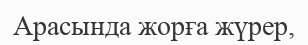
Арасында жорға жүрер,